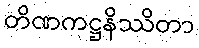
တိဏကဋ္ဌနိဿိတာ